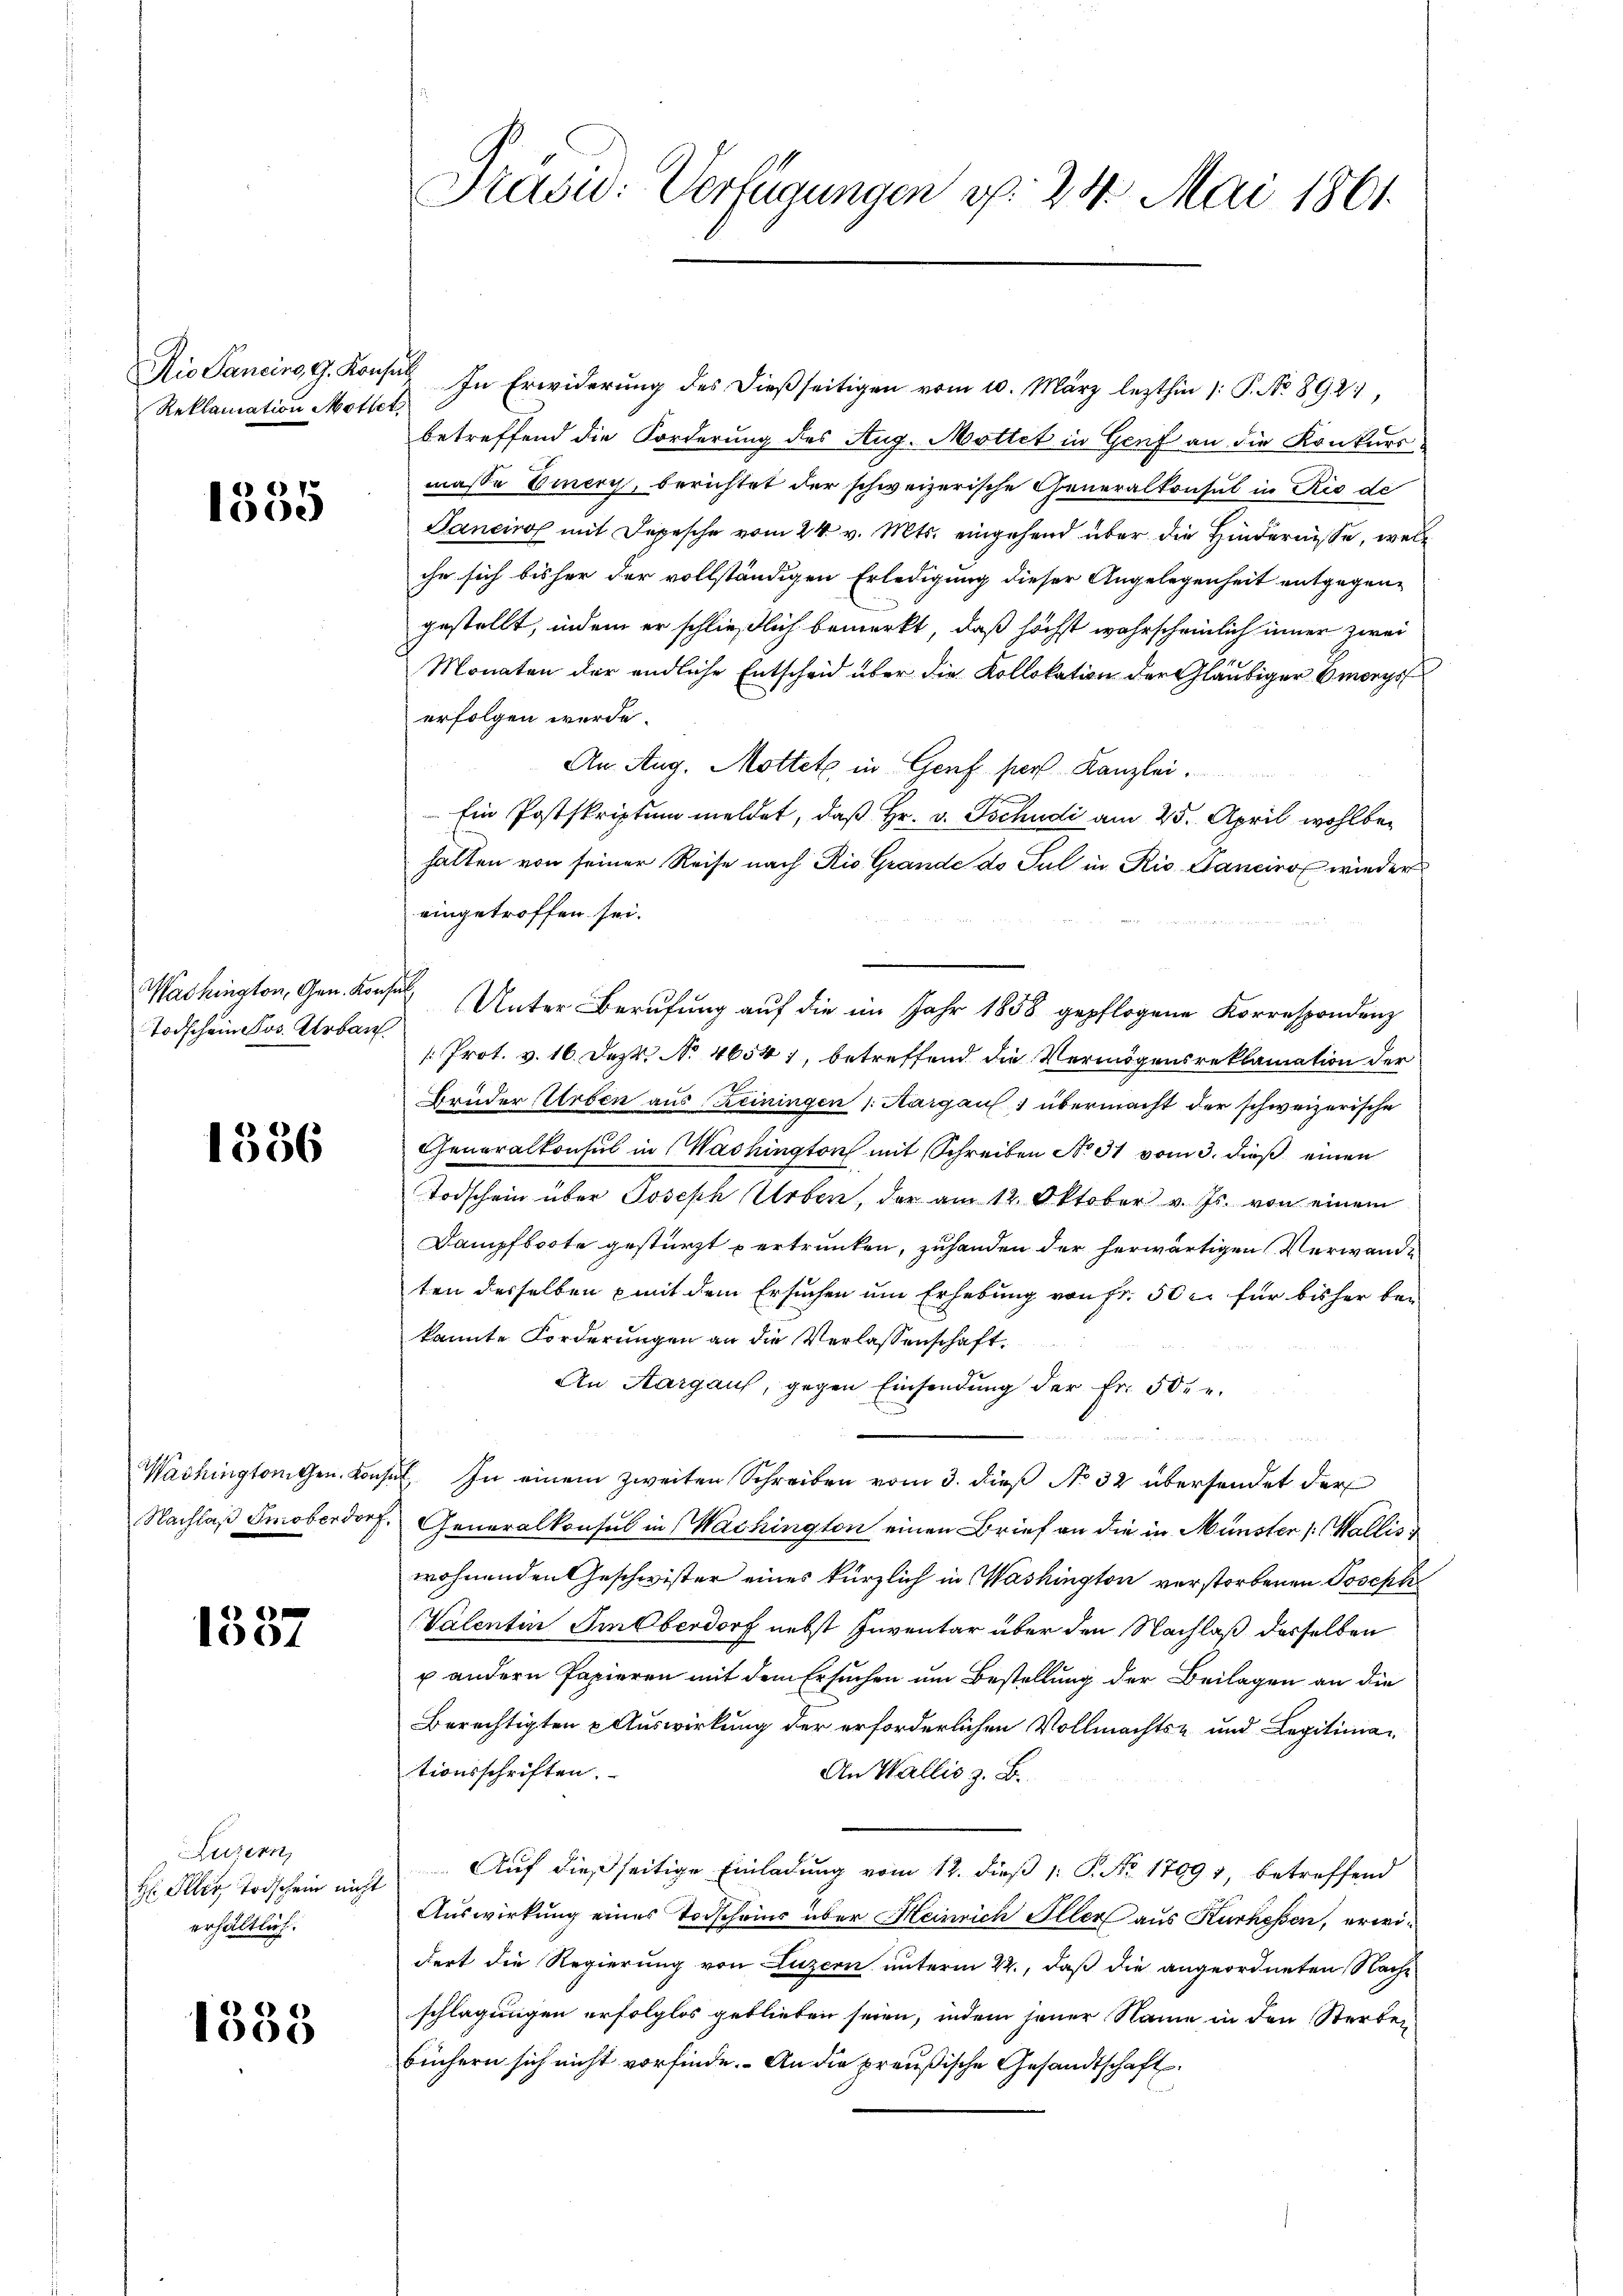
Reklamation Mottet,

1535

Todschein Jos. Urban

1336

e
1301

Luzern,
H Iller Todschein nicht
erhältlich.

1338

Prasi: Verfügungen v. 24. Mai 1861.

Nio Sancino, G. Kons. In Erwiderŭng des dieβseitigen vom 10. März lezthin 1: P. No 8921,
betreffend die Forderung des Aug. Mottet in Genf an die Konkurs
masse Einer, berichtet der schweizerische Generalkonsul in Rio de
Panciro mit Depesche vom 24. v. Mts. eingehend über die Hindernisse, welihn sich bisher der vollständigen Erledigung dieser Angelegenheit entgegen-
gestellt, indem er schließlich bemerkt, daß höchst wahrscheinlich immer zwei
Monaten der endliche Entscheid über die Kollokation der Gläubiger Bewegs
erfolgen wurde.
An Aug. Mottete in Genf pers Kanzlei.
Ein Postskriptum meldet, daß Hr. v. Tschudi am 25. April wohl behalten von seiner Reise nach Rio Grande do Jul in Rio Sanciro wieder
eingetroffen sei.
Washington, Gen. Konsul Unter Berufung auf die im Jahr 1858 gepflogene Korrespondenz
Prot. v. 16. Dez. No 4654, betreffend die Vermögensreklamation der
Brüder Erben aus Keiningen Aargau 1 übermacht der schweizerische
Generalkonsul in Washington mit Schreiben No 31 vom 3. dieß einen
Todschein über Joseph Urben, der am 12. Oktober v. Js. von einem
Dampfboote gestürzt vertrunken, zuhanden der herwärtigen Verwande
ten desselben mit dem Ersuchen um Erhebung von Fr. 50 c. für bisher bei
kannte Forderungen an die Verlassenschaft.
An Aargaus, gegen Einsendung der Fr. 502 u.

Washingtonichen Konsul. In einem zweiten Schreiben vom 3. dieß No 32 übersendet der
Nachlaß Smoberdorf, Generalkonsul in Wachington einen Brief an die in Münster (Wallis
wohnenden Geschwister eines kürzlich in Washington verstorbenen Joseph
Valentin SmOberdorf nebst Inventar über den Nachlaß derselben
u andern Papieren mit dem Ersuchen um Bestellung der Beilagen an die
Berechtigten & Auswirkung der erforderlichen Vollmachts- und Legitimationsschriften.
An Wallis z. B.
Auf dießseitige Einladung vom 12. dieß 1: P. No. 17091, betreffend
Auswirkung eines Torscheins über Heinrich Illers aus Kurhessen, erwidert die Regierung von Luzern unterm 22., daß die angeordneten Nachschlagungen erfolglos geblieben seien, indem jener Name in den Sterben
büchern sich nicht vorfinde. An die preußische Gesandtschaft